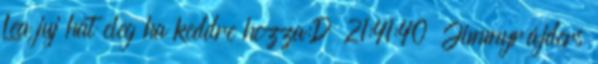
Lea juj hat eleg ha keddre hozza:D 21:41:40 Jimmyrájders